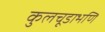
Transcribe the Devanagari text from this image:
कुलचूडाभणि